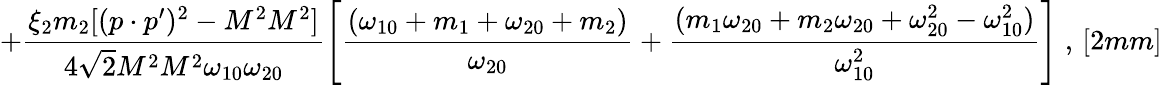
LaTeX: +\frac{\xi_{2}m_{2}[(p\cdot p^{\prime})^{2}-M^{2}M^{2}]}{4\sqrt{2}M^{2}M^{2}\omega_{10}\omega_{20}}\left[\frac{(\omega_{10}+m_{1}+\omega_{20}+m_{2})}{\omega_{20}}+\frac{(m_{1}\omega_{20}+m_{2}\omega_{20}+\omega_{20}^{2}-\omega_{10}^{2})}{\omega_{10}^{2}}\right]\; ,\, [2mm]